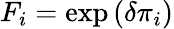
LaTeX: F_{i}=\exp{(\delta\pi_{i})}